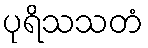
ပုရိသသတံ